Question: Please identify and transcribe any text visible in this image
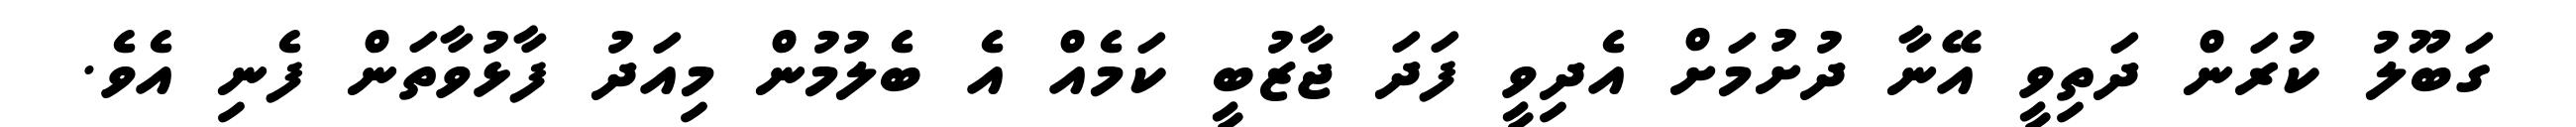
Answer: ގަބޫލު ކުރަން ދަތިވީ އޭނާ ދުށުމަށް އެދިވީ ފަދަ ޖާޒުބީ ކަމެއް އެ ބެލުމުން މިއަދު ފާޅުވާތަން ފެނި އެވެ.